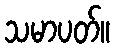
သမာပတ်။